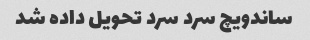
ساندویچ سرد سرد تحویل داده شد